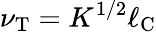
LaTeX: \nu_{\textrm{T}}=K^{1/2}\ell_{\textrm{C}}